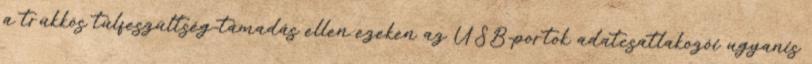
a trükkös túlfeszültség-támadás ellen ezeken az USB-portok adatcsatlakozói ugyanis